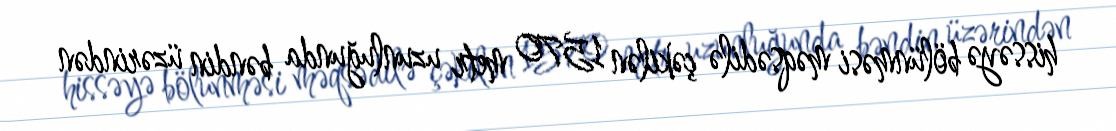
hissəyə bölünməsi məqsədilə çəkilən 1570 metr uzunluğunda bəndin üzərindən